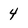
Character: 4